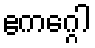
ဧကဂ္ဂေါ